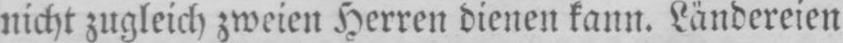
nicht zugleich zweien Herren dienen kann. Ländereien